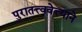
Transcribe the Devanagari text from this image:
पुरातत्त्ववेत्त्याने